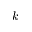
k